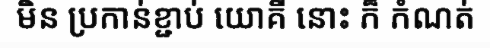
មិន ប្រកាន់ខ្ជាប់ យោគី នោះ ក៏ កំណត់